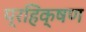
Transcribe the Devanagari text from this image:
प्रहिक्षण